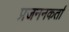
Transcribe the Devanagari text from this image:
प्रजननकर्ता